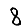
Digit: 8